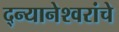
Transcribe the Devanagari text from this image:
द्न्यानेश्वरांचे